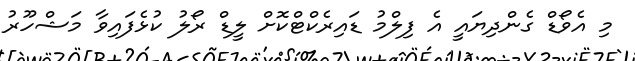
މި އެވޯޑް ގެންދިޔައީ އެ ފިލްމު ޑައިރެކްޓްކޮށް ލީޑް ރޯލު ކުޅެފައިވާ މަޝްހޫރު